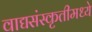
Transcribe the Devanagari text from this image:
वाद्यसंस्कृतीमध्ये